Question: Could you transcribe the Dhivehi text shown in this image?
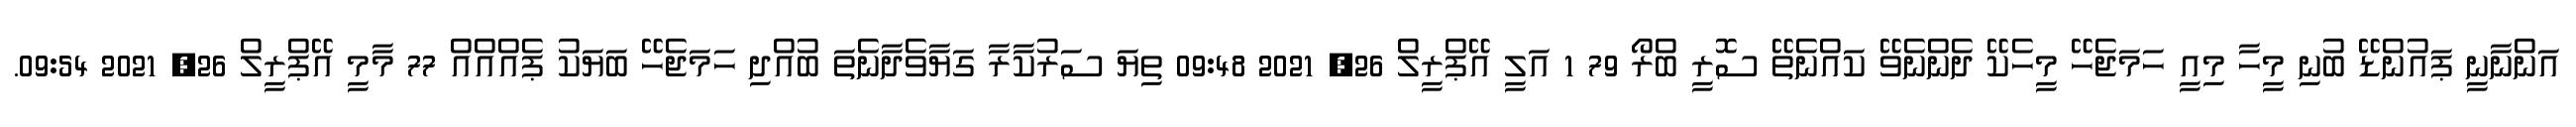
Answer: އަންނާނީ ޕައުންޑޭ ބުނި މީހާ މިއީ ހަމަޖެހޭ މީހެކޭ ދެންނެވޭ ކައްނެތޭ ސޮރީ ބްރޯ 79 1 އަލީ އޭޕްރީލް 26, 2021 09:48 ތިޔަ ސަރުކާރާ ގަޔާވެދާނެތަ ބުއްދި ހަމަޖެހޭ ބަޔަކު ޕެއްއްއް 77 މާމީ އޭޕްރީލް 26, 2021 09:54.